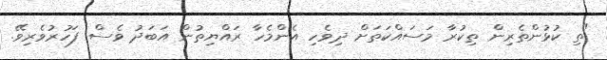
"ތި ކުޅުންތެރިން ތިކުރާ މަސައްކަތަށް ދިވެހި އެންމެހާ ރައްޔިތުން އަބަދު ވެސް ފަހުރުވެރިވޭ.